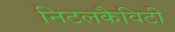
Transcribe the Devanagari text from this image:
निटलकैविटी